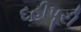
દહીપૂરી